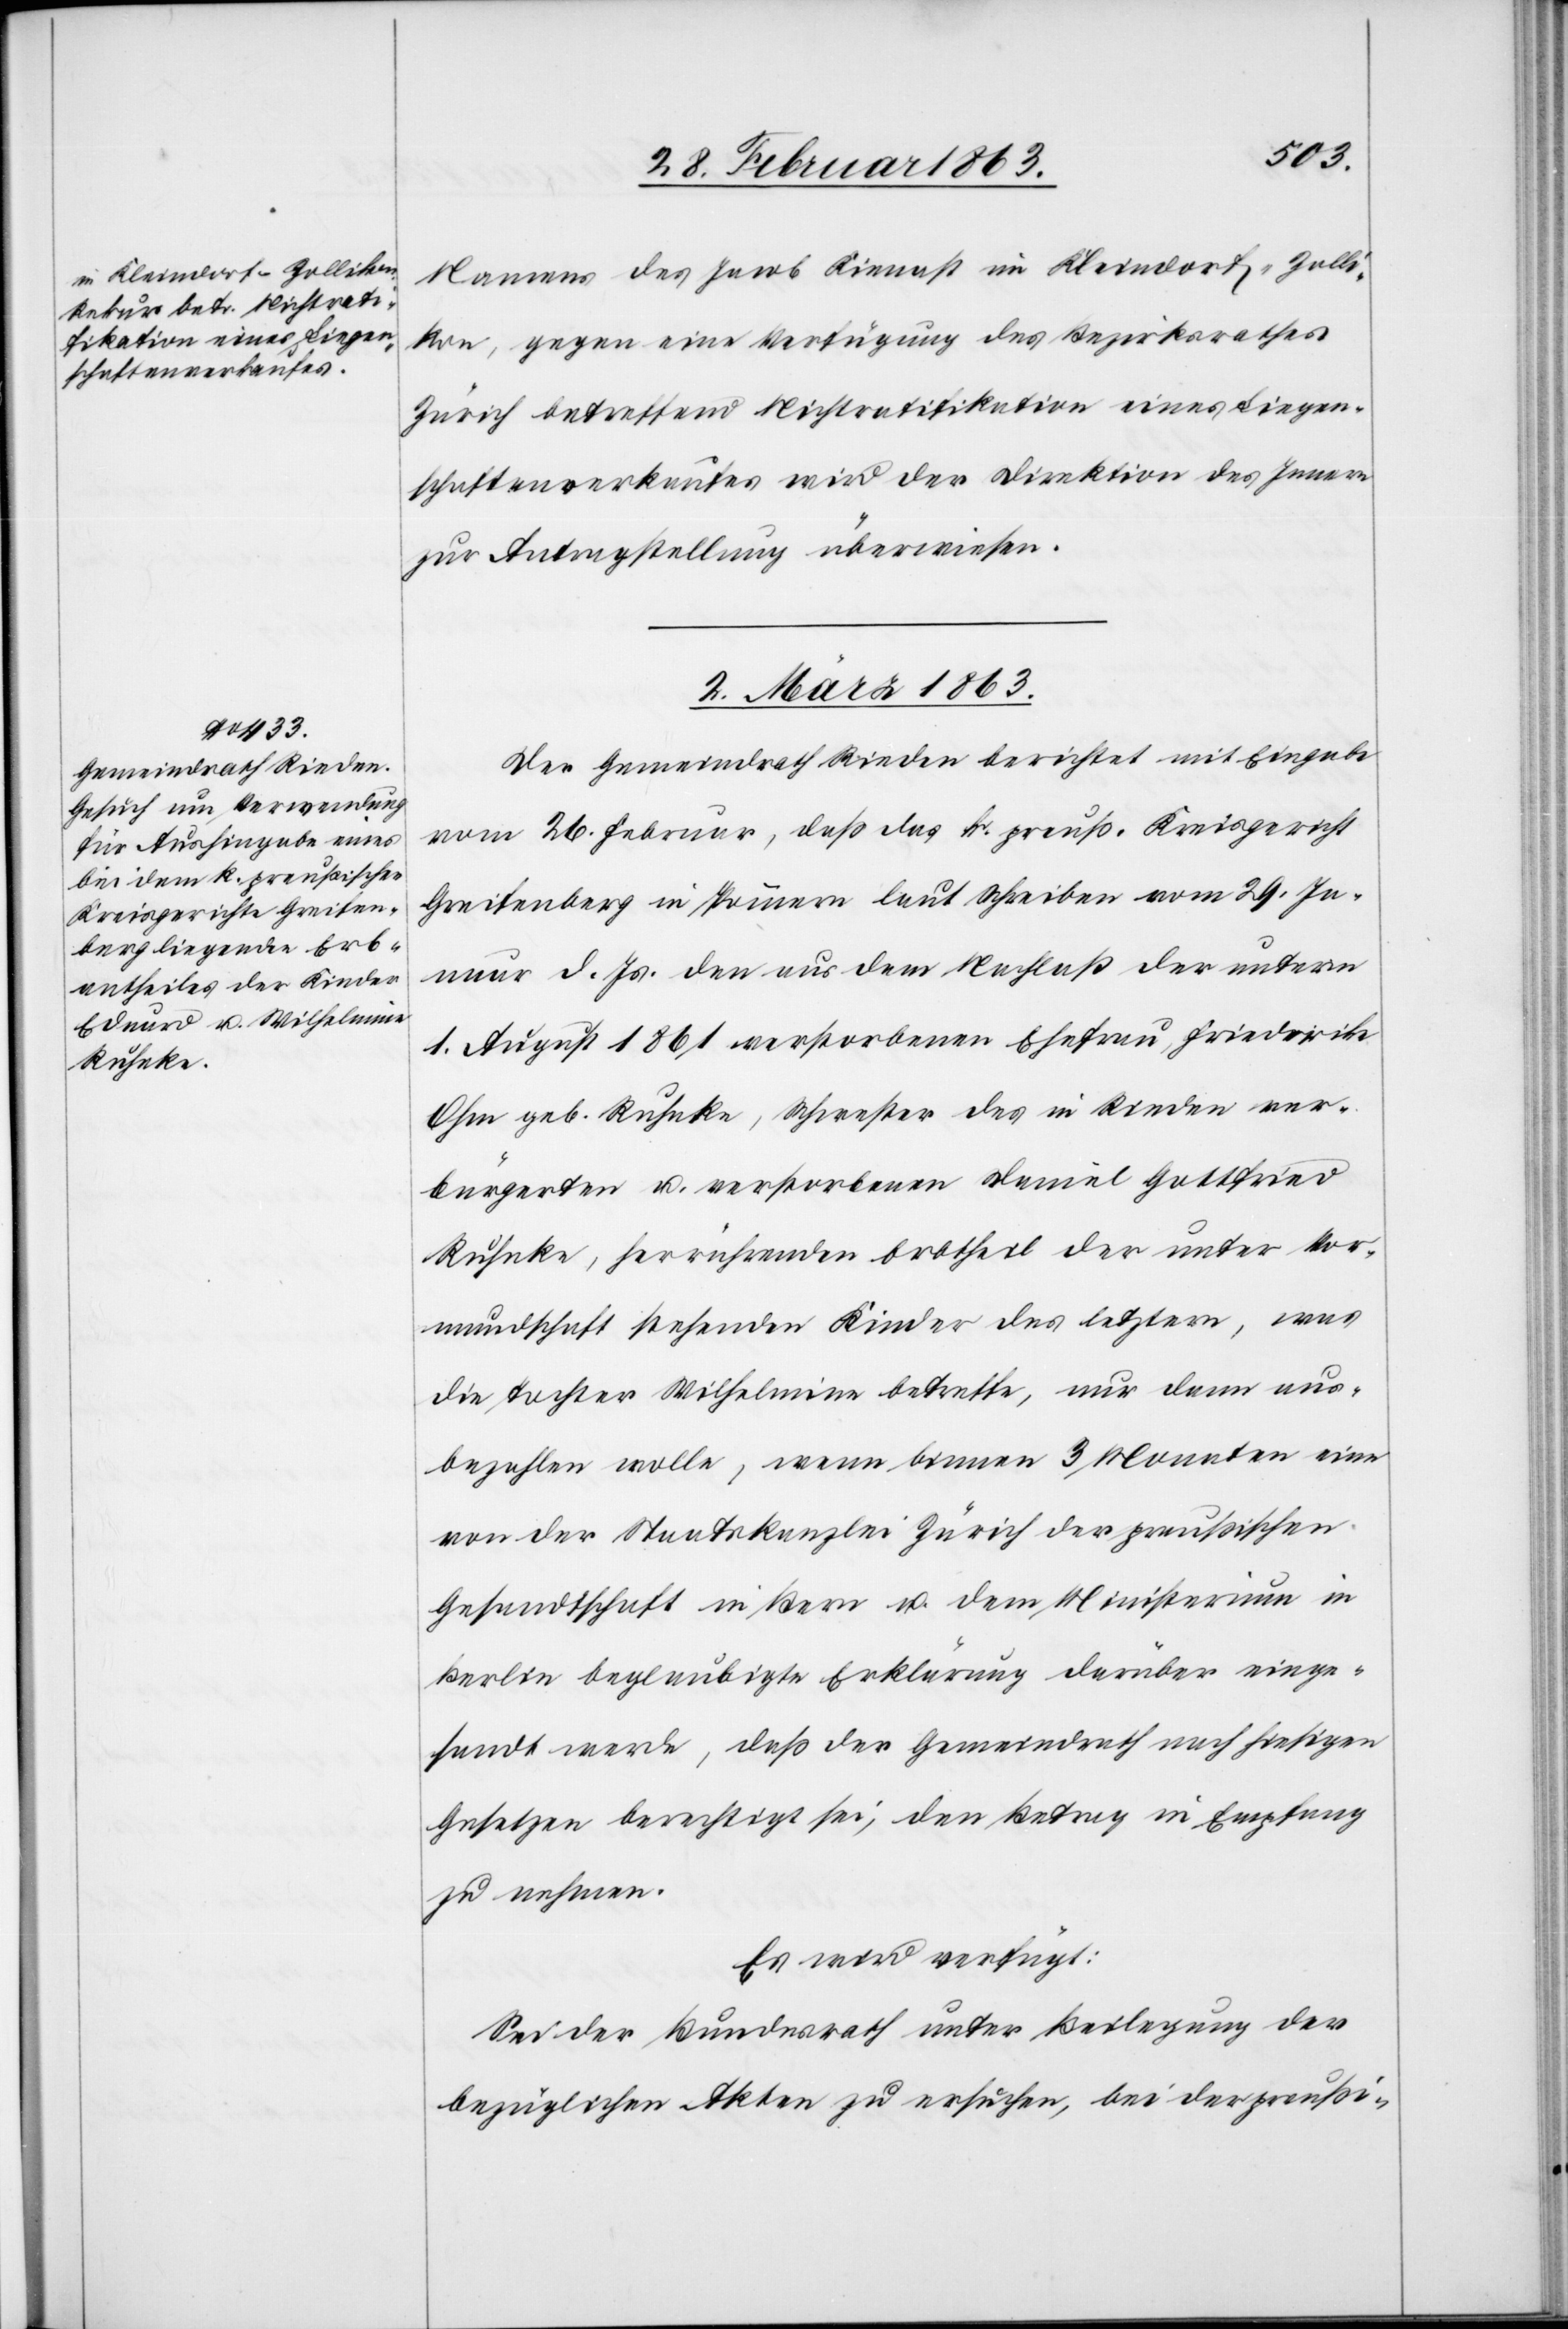
Namens des Jacob Kienast im Kleindorf-Zolli¬
kon, gegen eine Verfügung des Bezirksrathes
Zürich betreffend Nichtratifikation eines Liegen¬
schaftenverkaufes wird der Direktion des Innern
zur Antragstellung überwiesen.
2. März 1863.
Der Gemeindrath Rieden berichtet mit Eingabe
vom 26. Februar, daß das k. preuß. Kreisgericht
Greifenberg in Pommern laut Schreiben vom 29. Ja¬
nuar d. Js. den aus dem Nachlaß der unterm
1. August 1861 verstorbenen Ehefrau, Friederike
Ohm geb. Ruhnke, Schwester des in Rieden ver¬
bürgerten u. verstorbenen Daniel Gottfried
Ruhnke, herrührenden Erbtheil der unter Vor¬
mundschaft stehenden Kinder des letztern, was
die Tochter Wilhelmina betreffe, nur dann aus¬
bezahlen wolle, wenn binnen 3 Monaten eine
von der Staatskanzlei Zürich der preußischen
Gesandtschaft in Bern u. dem Ministerium in
Berlin beglaubigte Erklärung darüber einge¬
sandt werde, daß der Gemeindrath nach hiesigen
Gesetzen berechtigt sei, den Betrag in Empfang
zu nehmen.
Es wird verfügt:
Sei der Bundesrath unter Beilegung der
bezüglichen Akten zu ersuchen, bei der preußi-